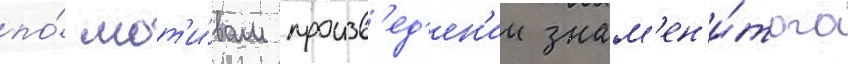
по́ мот'и́вам произв'ед'ен'ии знам'ен'и́того